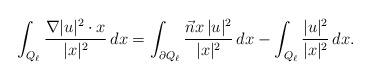
LaTeX: \begin{align*}\int_{Q_\ell}\frac{\nabla |u|^2 \cdot x}{|x|^2}\,dx= \int_{\partial Q_\ell}\frac{\Vec{n} x\,|u|^2}{|x|^2}\,dx-\int_{Q_\ell}\frac{|u|^2}{|x|^2}\,dx.\end{align*}